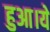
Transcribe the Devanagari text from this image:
हुआ।ये